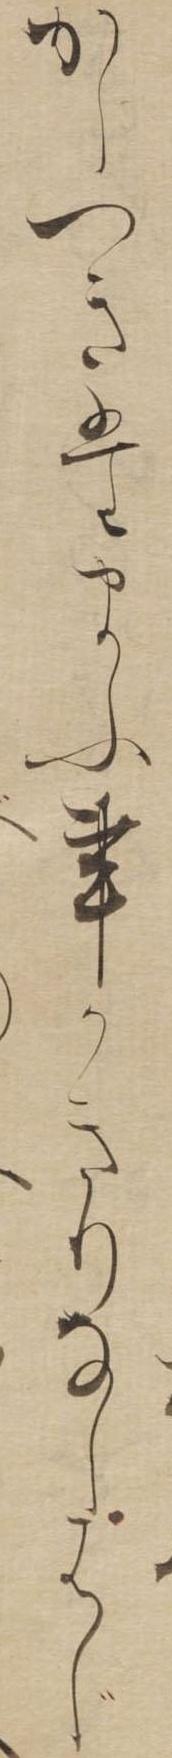
かしつきたまふ事かきりなしはじ